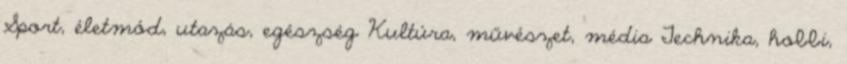
Sport, életmód, utazás, egészség Kultúra, művészet, média Technika, hobbi,